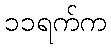
၁၁ရက်က